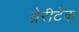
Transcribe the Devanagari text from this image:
प्रेरीटेक